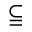
\subseteqq